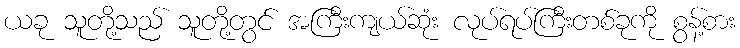
ယခု သူတို့သည် သူတို့တွင် အကြီးကျယ်ဆုံး လုပ်ရပ်ကြီးတစ်ခုကို စွန့်စား